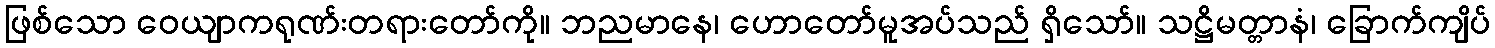
ဖြစ်သော ဝေယျာကရုဏ်းတရားတော်ကို။ ဘညမာနေ၊ ဟောတော်မူအပ်သည် ရှိသော်။ သဋ္ဌိမတ္တာနံ၊ ခြောက်ကျိပ်